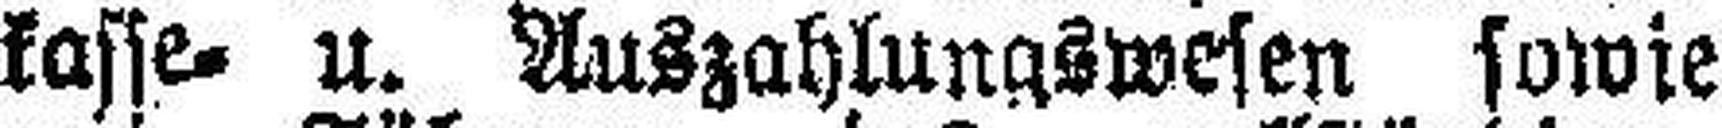
kasse= u. Auszahlungswesen sowie